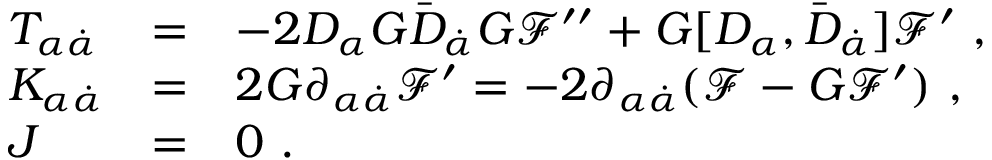
\begin{array} { l l l } { { T _ { \alpha { \dot { \alpha } } } } } & { { = } } & { { - 2 D _ { \alpha } G { \bar { D } } _ { \dot { \alpha } } G { \mathcal F } ^ { \prime \prime } + G [ D _ { \alpha } , { \bar { D } } _ { \dot { \alpha } } ] { \mathcal F } ^ { \prime } \ , } } \\ { { K _ { \alpha { \dot { \alpha } } } } } & { { = } } & { { 2 G \partial _ { \alpha { \dot { \alpha } } } { \mathcal F } ^ { \prime } = - 2 \partial _ { \alpha { \dot { \alpha } } } ( { \mathcal F } - G { \mathcal F } ^ { \prime } ) \ , } } \\ { { J } } & { { = } } & { { 0 \ . } } \end{array}